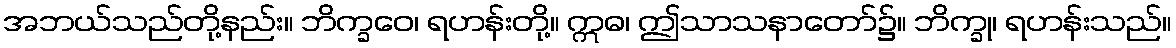
အဘယ်သည်တို့နည်း။ ဘိက္ခဝေ၊ ရဟန်းတို့။ ဣဓ၊ ဤသာသနာတော်၌။ ဘိက္ခု၊ ရဟန်းသည်။